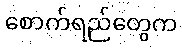
စောက်ရည်တွေက